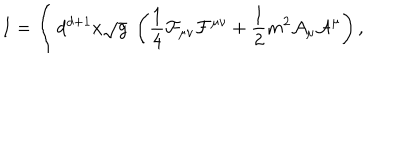
I = \int d ^ { d + 1 } x \sqrt g \; \left( { \frac { 1 } { 4 } } { \cal F } _ { \mu \nu } { \cal F } ^ { \mu \nu } + { \frac { 1 } { 2 } } m ^ { 2 } { \cal A } _ { \mu } { \cal A } ^ { \mu } \right) ,